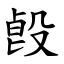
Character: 㲃